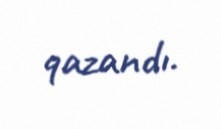
qazandı.